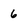
Character: 6